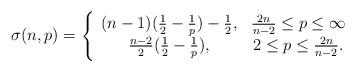
LaTeX: \begin{align*}\sigma(n,p)= \Bigg \{\begin{array}{cc}(n-1)(\frac{1}{2}-\frac{1}{p})-\frac{1}{2}, & \frac{2n}{n-2}\leq p\leq\infty \\\frac{n-2}{2}(\frac{1}{2}-\frac{1}{p}), & 2\leq p\leq\frac{2n}{n-2}. \end{array}\end{align*}